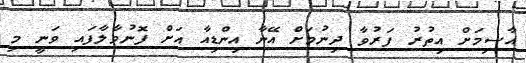
އާސިމަށް އިތުރު ފަރުވާ ދިނުމަށް އޭނާ އިންޑިއާ އަށް ފޮނުވާލާފައި ވަނީ މި